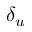
\delta _ { u }